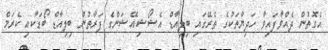
އެގޮތުން ދެއްވާފައިވާ ހަދިޔާތަކުގެ ތެރޭގައި ބިލިއާޑް އެޝޯޝިއޭޝަންގެ ފަރާތުން ބިލިއާޑް ބޯޑަކާއި ކެރަމް